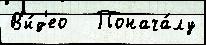
В'и́д'ео   Понача́лу